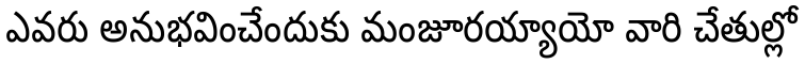
ఎవరు అనుభవించేందుకు మంజూరయ్యాయో వారి చేతుల్లో